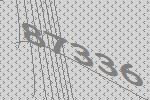
87336